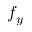
f _ { y }